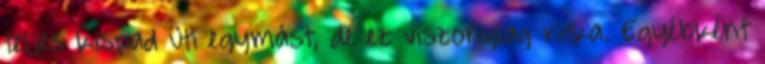
teljes kispad üti egymást, de ez viszonylag ritka. Egyébként